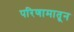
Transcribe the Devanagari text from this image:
परिणामातून